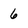
Character: 6